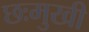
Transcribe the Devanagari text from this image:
छःमुखी